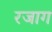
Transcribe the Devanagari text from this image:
रजाग